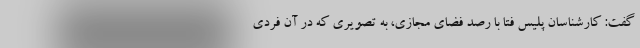
گفت: کارشناسان پلیس فتا با رصد فضای مجازی، به تصویری که در آن فردی